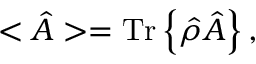
< \hat { A } > = \mathrm { T r } \left\{ \hat { \rho } \hat { A } \right\} ,